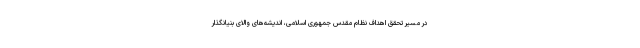
در مسیر تحقق اهداف نظام مقدس جمهوری اسلامی، اندیشه‌های والای بنیانگذار